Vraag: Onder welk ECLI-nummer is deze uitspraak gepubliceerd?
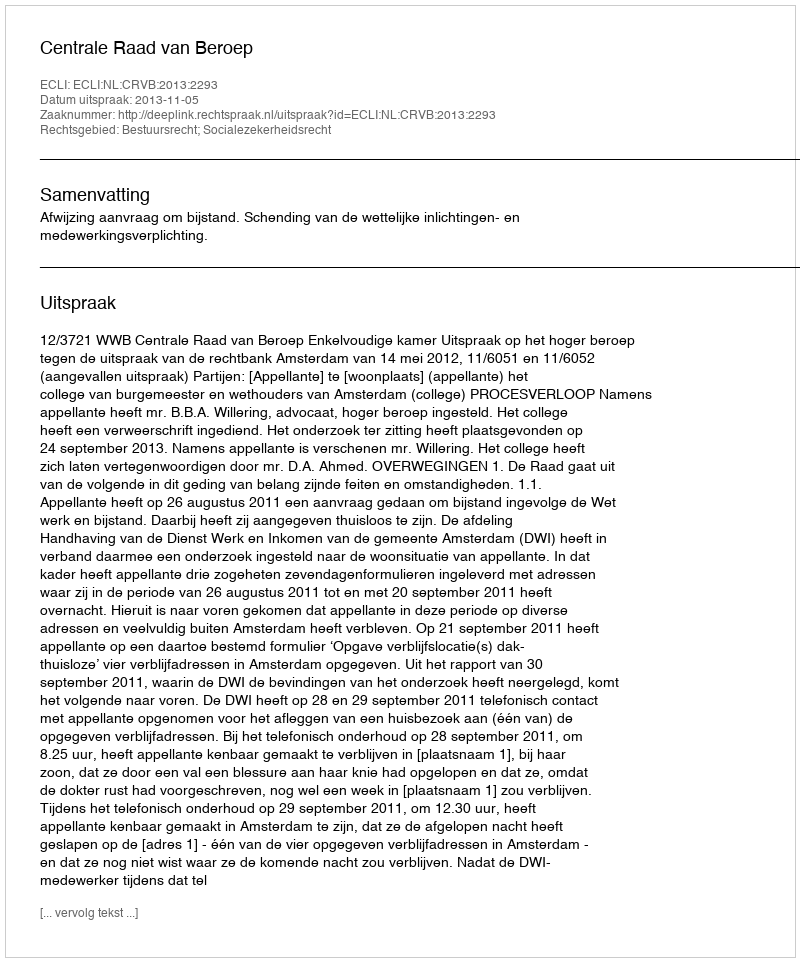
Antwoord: ECLI:NL:CRVB:2013:2293